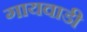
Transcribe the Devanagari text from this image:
गायवाडी